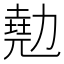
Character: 𠢩